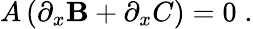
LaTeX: A\left(\partial_{x}\mathbf{B}+\partial_{x}C\right)=0\; .